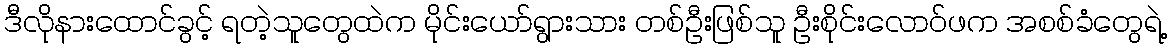
ဒီလိုနားထောင်ခွင့် ရတဲ့သူတွေထဲက မိုင်းယော်ရွားသား တစ်ဦးဖြစ်သူ ဦးစိုင်းလောဝ်ဖက အစစ်ခံတွေရဲ့